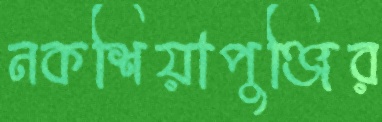
নকশিয়াপুঞ্জির